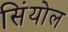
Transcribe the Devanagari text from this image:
सिंयोल